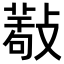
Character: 𢿩